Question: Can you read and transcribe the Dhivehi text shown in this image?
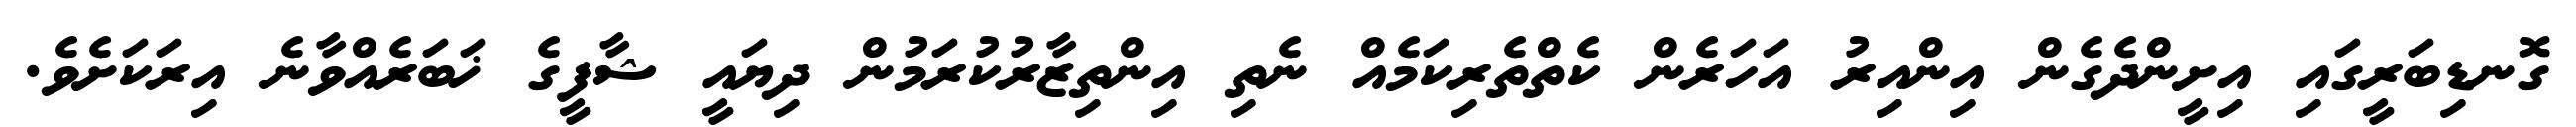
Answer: ގޮނޑިބަރީގައި އިށީންދެގެން އިންއިރު އަހަރެން ކެތްތެރިކަމެއް ނެތި އިންތިޒާރުކުރަމުން ދިޔައީ ޝާފީގެ ޚަބަރެއްވާނެ އިރަކަށެވެ.